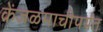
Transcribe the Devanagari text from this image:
केंजळमाचीपर्यंत